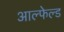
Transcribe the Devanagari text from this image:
आल्फेल्ड